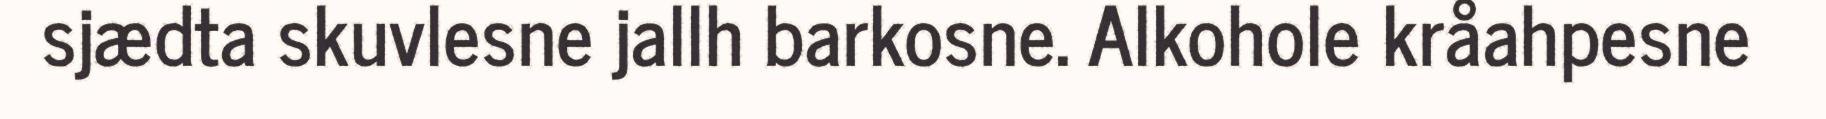
sjædta skuvlesne jallh barkosne. Alkohole kråahpesne